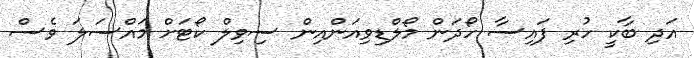
އަދި ބާކީ ހުރި ފައިސާ ހޯދަން މޯލްޑިވިއަންއިން ސިވިލް ކޯޓަށް މައްސަލަ ވެސް